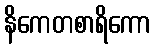
နိကေတစာရိကော